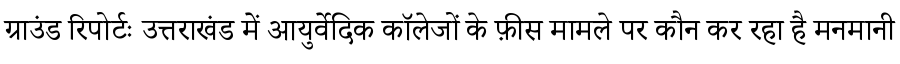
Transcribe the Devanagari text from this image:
ग्राउंड रिपोर्टः उत्तराखंड में आयुर्वेदिक कॉलेजों के फ़ीस मामले पर कौन कर रहा है मनमानी